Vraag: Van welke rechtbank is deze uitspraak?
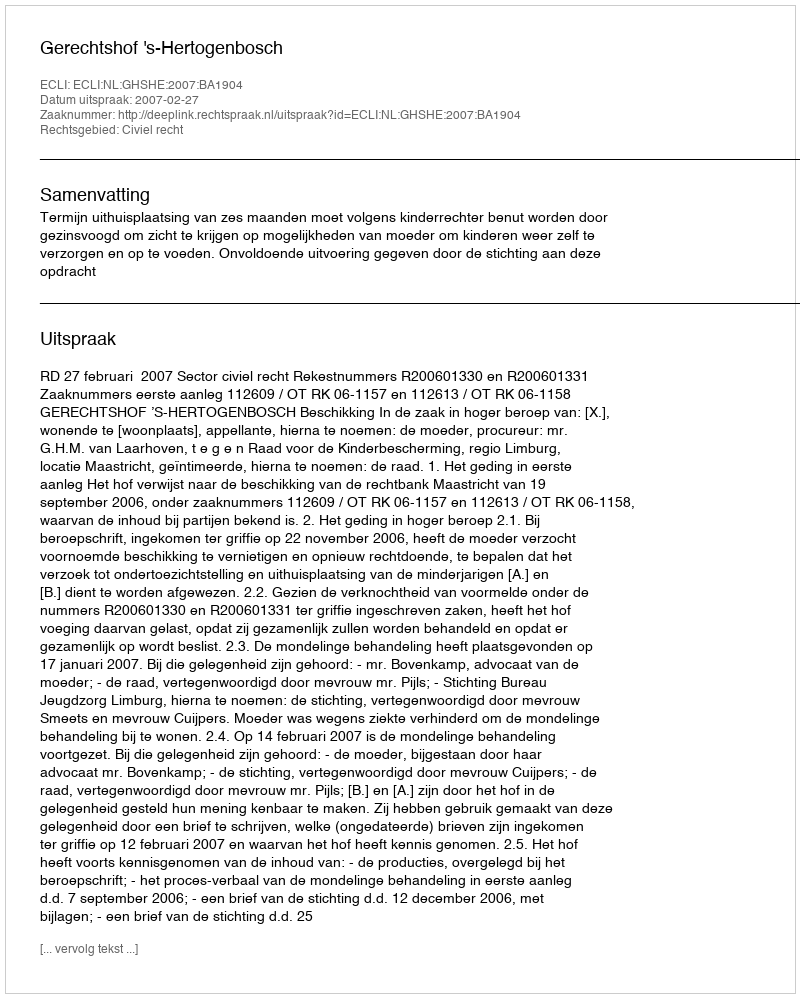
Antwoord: Gerechtshof 's-Hertogenbosch